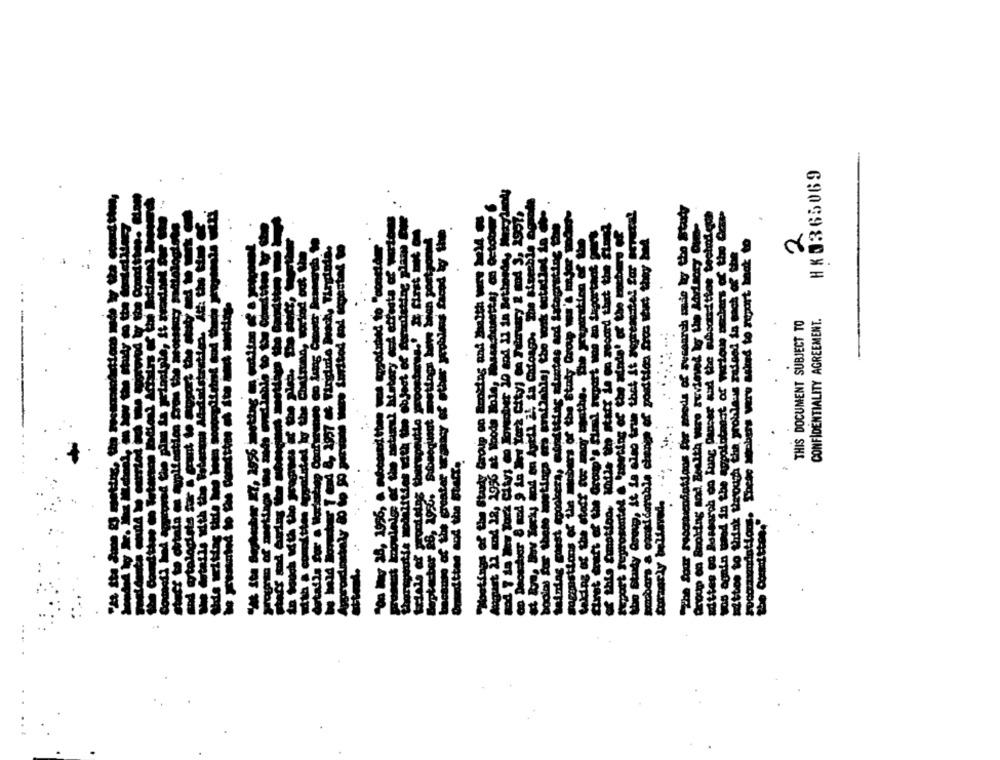
HK 0365069
LITA
THIS DOCUMENT SUBJECT TO
CONFIDENTIALITY AGREEMENT.
Ittes and the Staff.